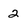
Character: 2